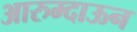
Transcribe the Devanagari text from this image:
आरुम्दाऊन